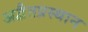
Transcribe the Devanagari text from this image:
अद्वैतप्रस्थान